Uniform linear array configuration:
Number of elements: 16
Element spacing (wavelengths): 0.5
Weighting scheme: exponential
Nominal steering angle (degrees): -30
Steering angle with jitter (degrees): -31.319
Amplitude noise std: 0.05
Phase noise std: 0.05

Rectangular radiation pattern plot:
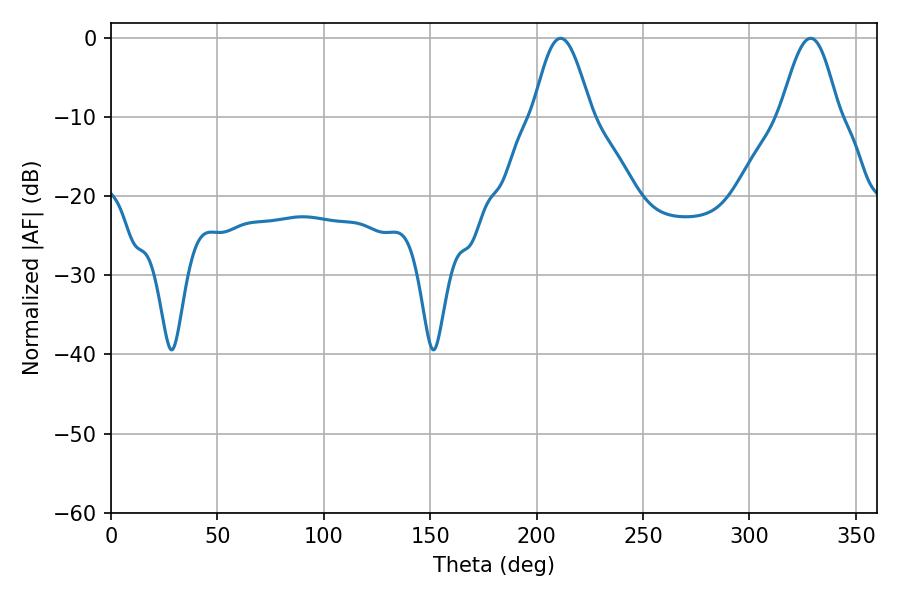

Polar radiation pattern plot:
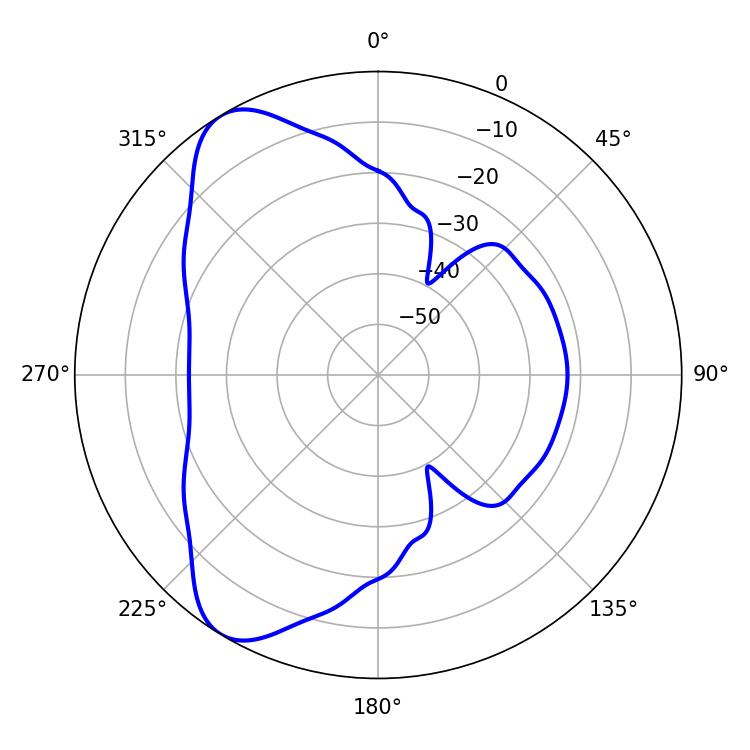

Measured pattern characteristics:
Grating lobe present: FALSE
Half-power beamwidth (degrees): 14.58
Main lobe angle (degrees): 211.32